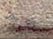
أتعرض